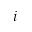
i